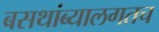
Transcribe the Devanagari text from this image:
बसथांब्यालगतच